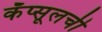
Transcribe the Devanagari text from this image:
कॅप्सूलची